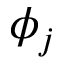
\phi _ { j }